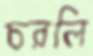
চরলি